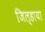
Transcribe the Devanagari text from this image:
जिल्हाया